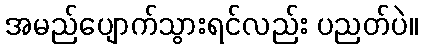
အမည်ပျောက်သွားရင်လည်း ပညတ်ပဲ။